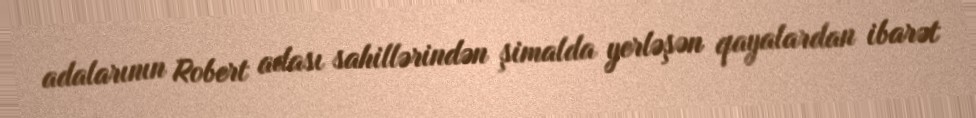
adalarının Robert adası sahillərindən şimalda yerləşən qayalardan ibarət